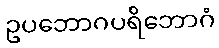
ဥပဘောဂပရိဘောဂံ